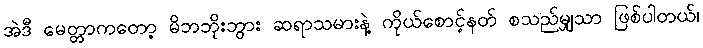
အဲဒီ မေတ္တာကတော့ မိဘဘိုးဘွား ဆရာသမားနဲ့ ကိုယ်စောင့်နတ် စသည်မျှသာ ဖြစ်ပါတယ်၊